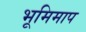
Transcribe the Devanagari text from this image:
भूमिमाप